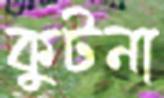
কুটনা